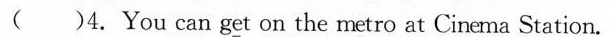
( )4.You can get on the metro at Cinema Station.